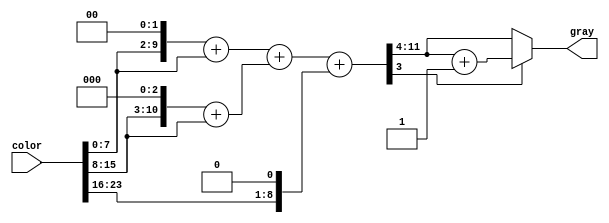
module grayscale(
  input [23:0] color,
  output [7:0] gray
  );

/*
y = 0.3125r + 0.5625g + 0.125b
0.3125 = 0.25 + 0.0625 = 1/4 + 1/16
0.5625 = 0.5 + 0.0625 = 1/2 + 1/16
0.125 = 1/8

*/

wire [11:0] r;
wire [11:0] g;
wire [11:0] b;
assign r = { 4'b0000, color[7:0] };
assign g = { 4'b0000, color[15:8] };
assign b = { 4'b0000, color[23:16]}; 

wire [11:0] temp_r;
assign temp_r=(r<<2)+r;

wire [11:0] temp_g;
assign temp_g = (g<<3) + g;

wire [11:0] temp_b;
assign temp_b = (b << 1);

wire [11:0] temp_total;
//assign temp_total = {1'b0,temp_r} + {1'b0,temp_g} + {1'b0,temp_b};
assign temp_total = temp_r + temp_g + temp_b;

wire [7:0]gray;
//assign gray = temp_r[11:4] + temp_g[11:4] + temp_b[11:4];
//assign gray = (temp_total[4])?(temp_total[12:5] + 8'b00000001):(temp_total[12:5]);
assign gray = (temp_total[3])?(temp_total[11:4] + 8'b00000001):(temp_total[11:4]);

endmodule